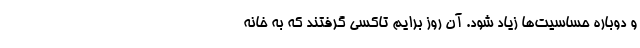
و دوباره حساسیت‌ها زیاد شود. آن روز برایم تاکسی گرفتند که به خانه